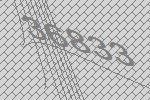
36833